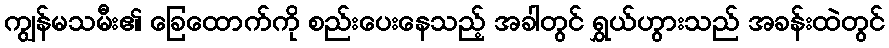
ကျွန်မသမီး၏ ခြေထောက်ကို စည်းပေးနေသည့် အခါတွင် ရွှယ်ဟွားသည် အခန်းထဲတွင်